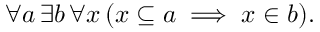
\forall a \, \exists b \, \forall x \, ( x \subseteq a \implies x \in b ) .